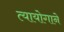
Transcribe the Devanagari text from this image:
त्यायोगाने